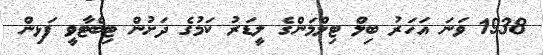
1938 ވަނަ އަހަރު ބިލް ޓިލްމަންގެ ލީޑަރު ކަމުގެ ދަށުން ޓިބެޓާވީ ފަޅިން